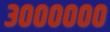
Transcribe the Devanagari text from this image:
३००००००